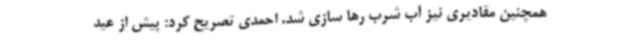
همچنین مقادیری نیز آب شرب رها سازی شد. احمدی تصریح کرد: پیش از عید